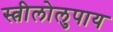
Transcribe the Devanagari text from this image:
स्त्रीलोलुपाय